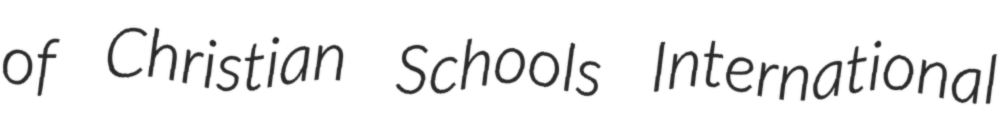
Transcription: of Christian Schools International